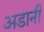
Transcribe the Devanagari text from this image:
अडानी